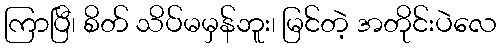
ကြာပြီ၊ စိတ် သိပ်မမှန်ဘူး၊ မြင်တဲ့ အတိုင်းပဲလေ